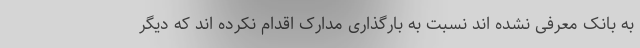
به بانک معرفی نشده اند نسبت به بارگذاری مدارک اقدام نکرده اند که دیگر